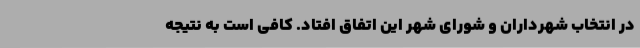
در انتخاب شهرداران و شورای شهر این اتفاق افتاد. کافی است به نتیجه